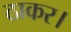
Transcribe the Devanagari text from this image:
ठाकर।